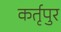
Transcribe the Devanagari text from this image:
कर्तृपुर